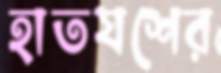
হাতযশের